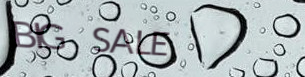
BIG SALE